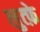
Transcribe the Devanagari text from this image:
लुत्फ़े